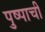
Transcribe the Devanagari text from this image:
पुष्पाची